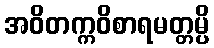
အဝိတက္ကဝိစာရမတ္တမ္ပိ